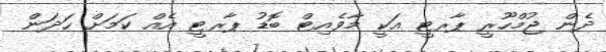
ދެން ޖުމްހޫރީ ޕާރޓީ އަކީ މާވެއިޓް ބޮޑު ޕާރޓީ އެއް ކަމަށް ހަދަން